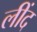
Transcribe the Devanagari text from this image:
लींद